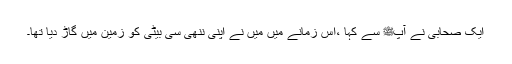
ایک صحابی نے آپﷺ سے کہا ،اس زمانے میں میں نے اپنی ننھی سی بیٹی کو زمین میں گاڑ دیا تھا۔